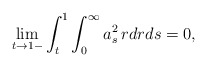
\begin{align*}\lim_{t\to 1-}\int_t^1\int_0^{\infty}a_s^2\,rdrds=0,\end{align*}